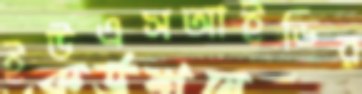
ইউএসআইডির